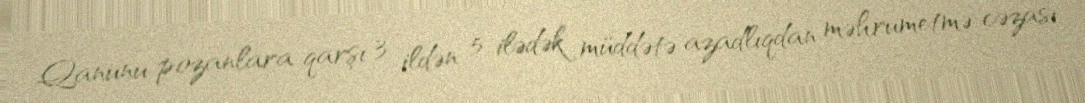
Qanunu pozanlara qarşı 3 ildən 5 ilədək müddətə azadlıqdan məhrumetmə cəzası